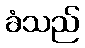
ခံသည်